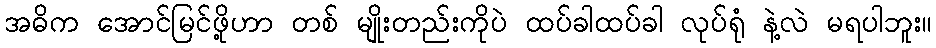
အဓိက အောင်မြင်ဖို့ဟာ တစ် မျိုးတည်းကိုပဲ ထပ်ခါထပ်ခါ လုပ်ရုံ နဲ့လဲ မရပါဘူး။